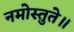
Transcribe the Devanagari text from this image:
नमोस्तुते॥